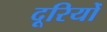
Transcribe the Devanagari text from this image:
दूरियोँ